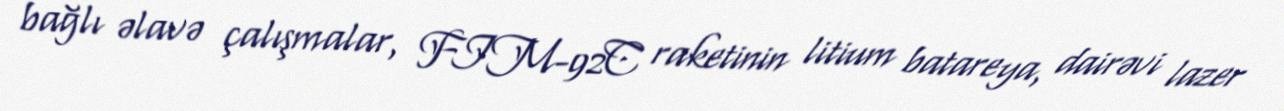
bağlı əlavə çalışmalar, FIM-92C raketinin litium batareya, dairəvi lazer